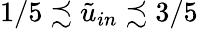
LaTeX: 1/5\precsim\tilde{u}_{in}\precsim 3/5